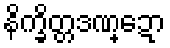
နိက္ခိတ္တဒဏ္ဍော